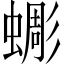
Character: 𧐸